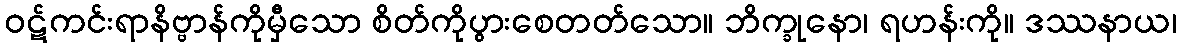
ဝဋ်ကင်းရာနိဗ္ဗာန်ကိုမှီသော စိတ်ကိုပွားစေတတ်သော။ ဘိက္ခုနော၊ ရဟန်းကို။ ဒဿနာယ၊